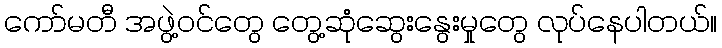
ကော်မတီ အဖွဲ့ဝင်တွေ တွေ့ဆုံဆွေးနွေးမှုတွေ လုပ်နေပါတယ်။